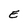
Character: E